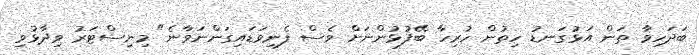
ބަދަހިވާ ތަން އަޅުގަނޑު ހިތުން ހުރިހާ ބޭފުޅުންނަށް ވެސް ފެނިވަޑައިގަންނަވާނެ" މިނިސްޓަރު ވިދާޅުވި